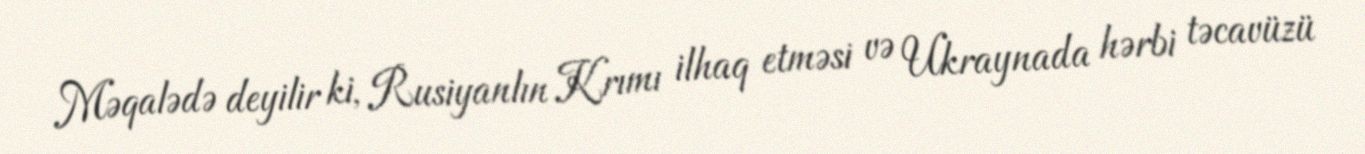
Məqalədə deyilir ki, Rusiyanlın Krımı ilhaq etməsi və Ukraynada hərbi təcavüzü